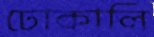
ঢোকালি